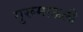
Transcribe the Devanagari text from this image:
गुरूमाऊली